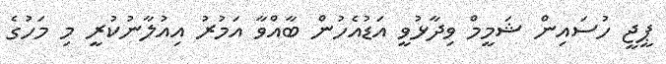
ޕީޖީ ހުސައިން ޝަމީމް ވިދާޅުވީ އަޑުއެހުން ބާއްވާ އަމުރު އިއުލާނުކުރީ މި މަހުގެ